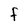
Character: F